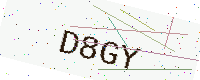
Text: D8GY